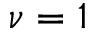
\nu = 1